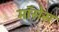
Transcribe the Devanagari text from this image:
मॉसेस